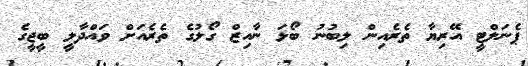
ޕެނަލްޓީ އޭރިޔާ ތެރެއިން ލިބުނު ބޯޅަ ނާއިޒް ގޯލުގެ ތެރެއަށް ވައްދާލީ ބީޖީގެ